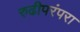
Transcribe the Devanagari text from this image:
रुढीपरंपरा